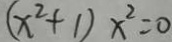
( x ^ { 2 } + 1 ) x ^ { 2 } = 0